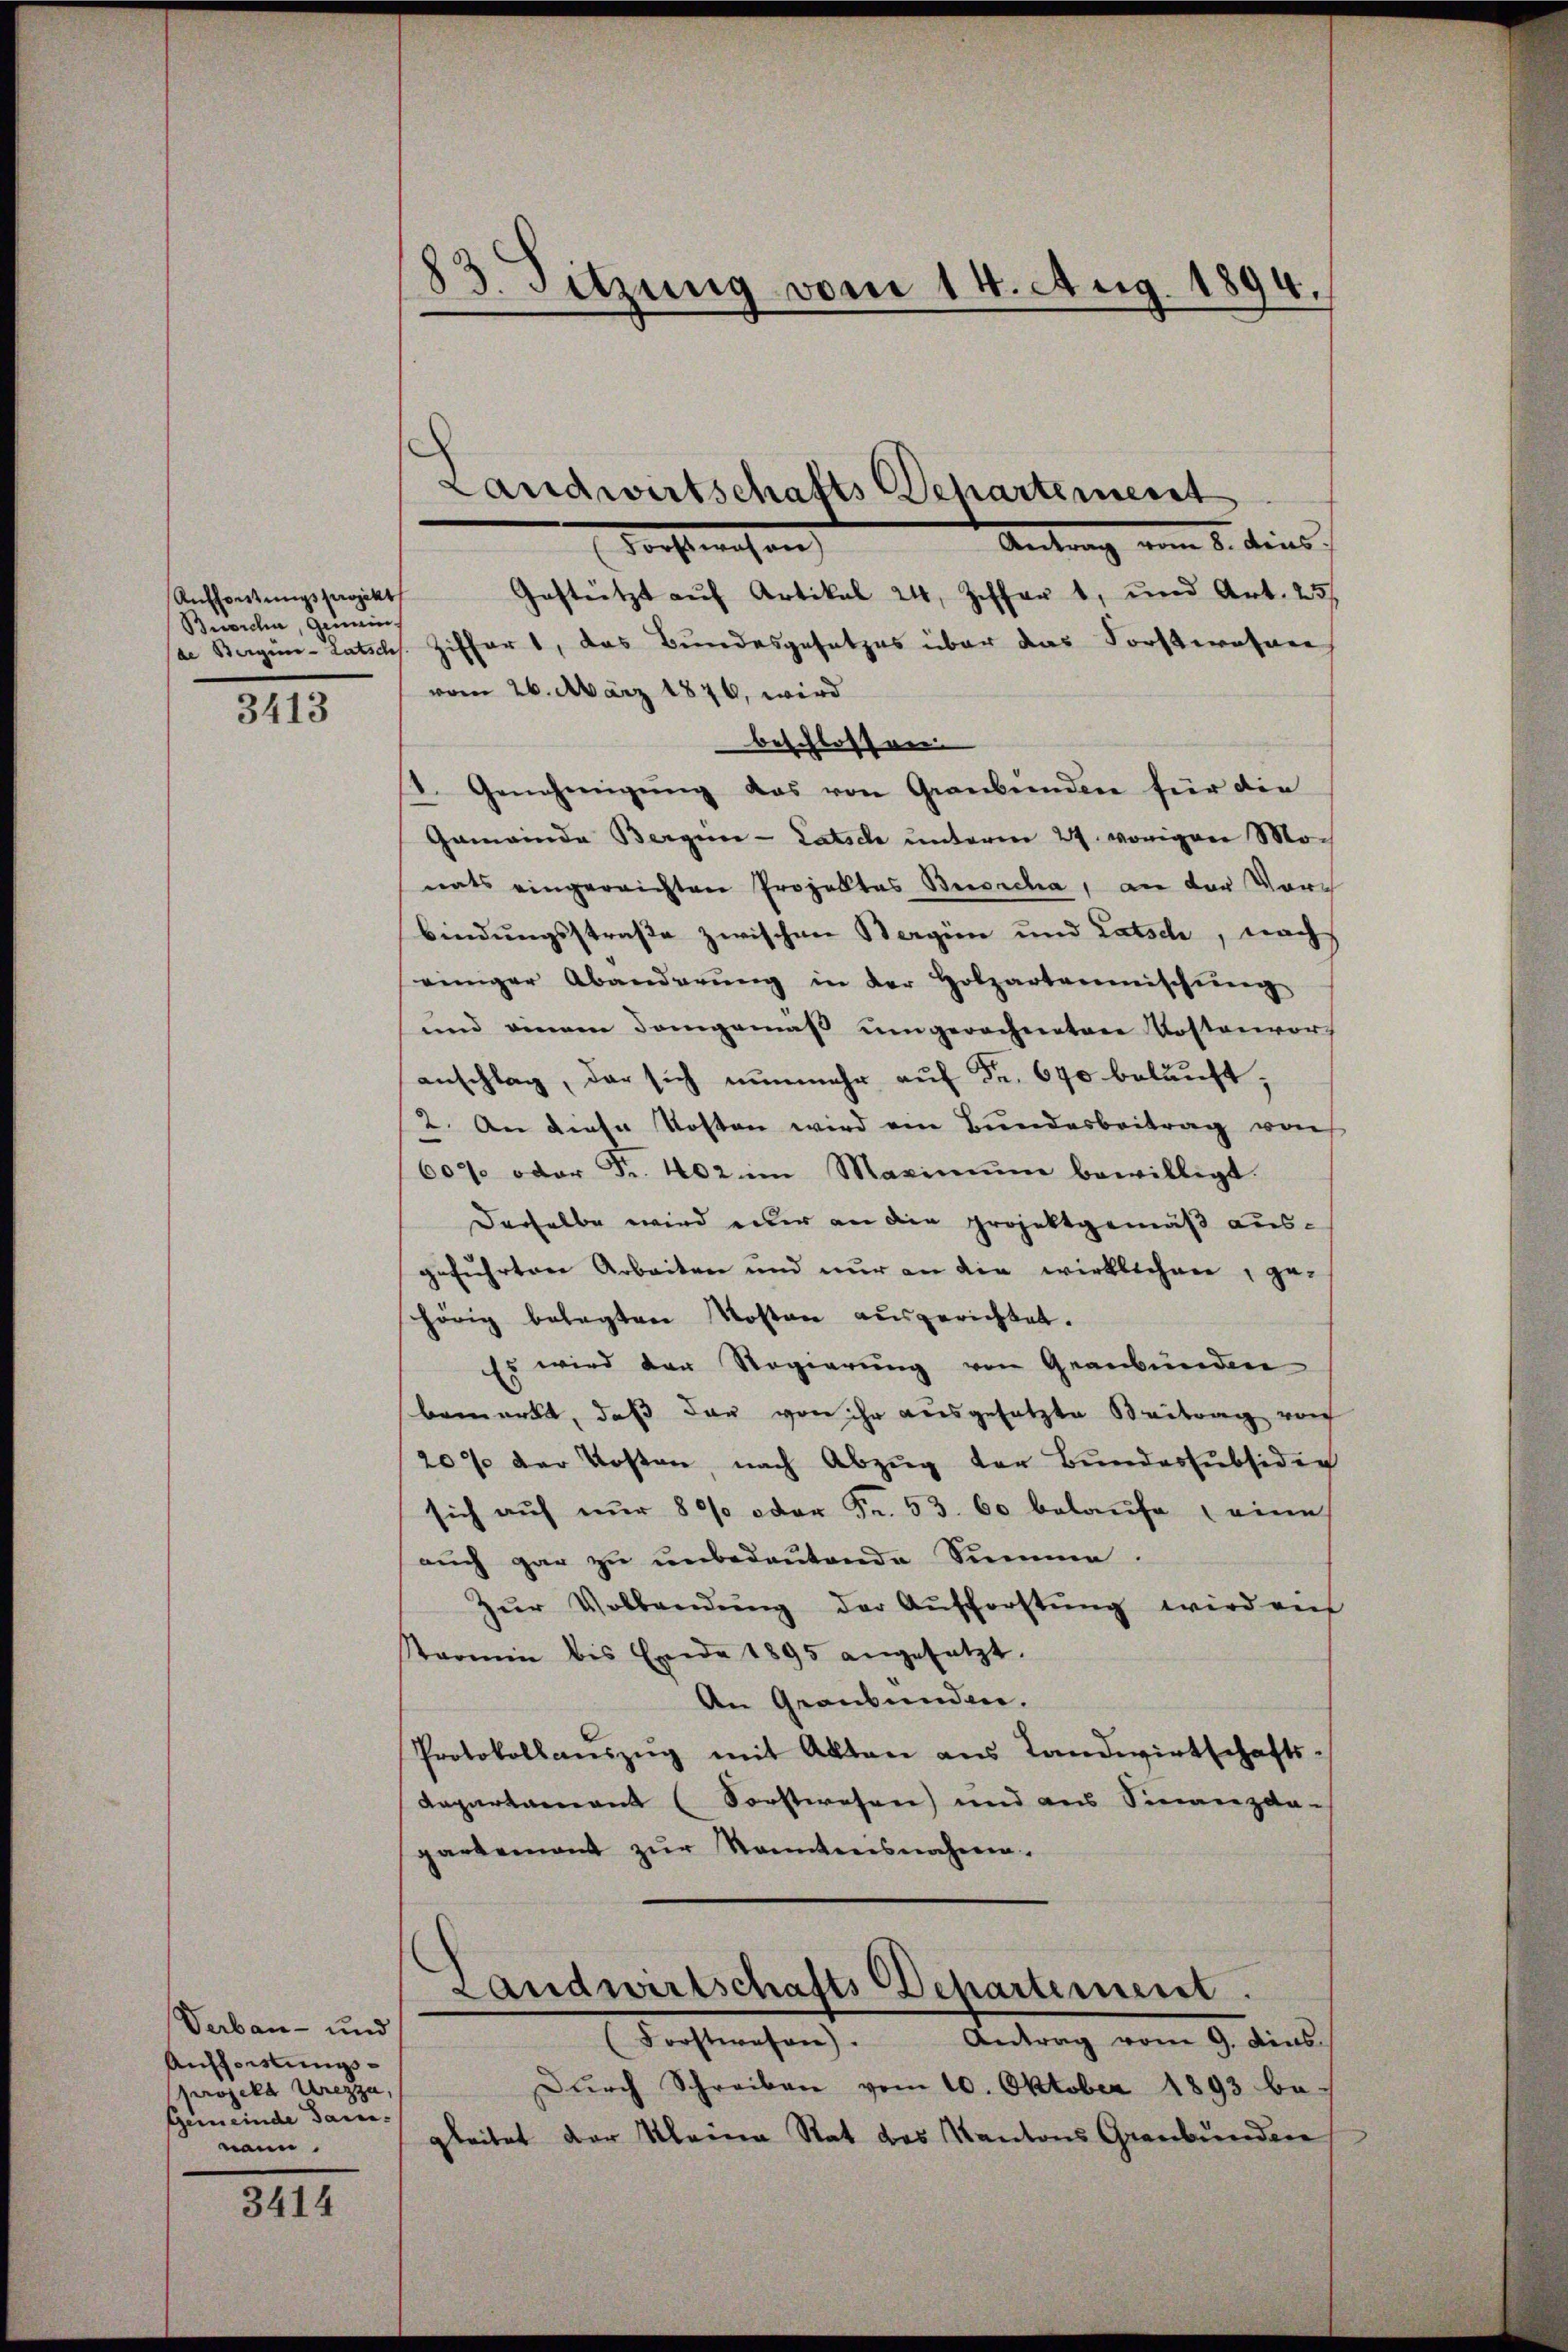
Aufforstungsprojekt
Buorca, Gemeins
31

Verbau- und
Aufleistungs¬
Projekt Urezza,
Gemeinde dann
nann

3414

83. Sitzung vom 14. Aug. 1894.

Antrag vom 1. Diens,
Forstwesen
Gestützt auf Artikal 24, Ziffer 1, und Art. 25/
de Bergein-Latschs. Ziffert, das Bundesgesetzes über das Forstwohne
vom 26. März 1876, wird
beschlossen.
1. Genehmigŭng das von Graubünden für die
Gemeinde Bergein-Latsch unterm 27. vorigen Monats eingereichten Projektes Bersiche, an der Vorsch
bindungsstraße zwischen Bergün und Latsch, nach
einiger Abänderŭng in der Holzartermischŭng
und einem demgemäß umgerechneten Kostenvors
anschlag, der sich nunmehr auf Fr. 670 beläuft,
2. An diese Kosten wird ein Bundesbeitrag von
60 oder Fr. 402 im Maximŭm bewilligt.
Derselbe wird einer an die projektgemäß ausgeführten Arbeiten und nur an die wirklichen, gehörig belegten Kosten ausgerichtet.
Es wird der Regierung von Graubünden
bemerkt, daß dar von ihr ausgesetzte Beitrag von
20% der Kosten, nach Abzug der Bundessubsiden
sich auf nur 800 oder Fr. 53. 60 belaŭfe eine
auch gar zu unbedeutende Summe.
Zŭr Vollendŭng der Aŭfforstŭng wird aŭf
Tarmin bis Ende 1895 angesetzt.
An Graubünden.
Protokollauszug mit Akten aus Landwirtschafts-
Dapartamant (Forstwesen) und aus Finanzda-
partement zŭr kanntensnahmen.

Landwirtschafts Departement

Landwirtschafts Departement.

(Forstwesen. Antrag vom 9. dies
Dŭrch Schreiben vom 10. Oktober 1893 be-
gleitet der Kleine Rat des Kantons Graubünden